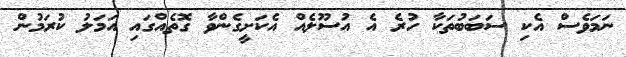
ނަމަވެސް އެކި ސަބަބުތަކާ ހުރެ އެ އުސޫލެއް އެކަށީގެންވާ ގޮތެއްގައި އަމަލު ކުރަމުން